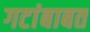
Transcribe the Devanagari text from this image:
गटांबाबत